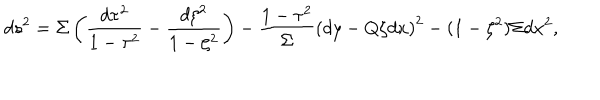
LaTeX: d s ^ { 2 } = \Sigma \left( \frac { d \tau ^ { 2 } } { 1 - \tau ^ { 2 } } - \frac { d \zeta ^ { 2 } } { 1 - \zeta ^ { 2 } } \right) - \frac { 1 - \tau ^ { 2 } } { \Sigma } \left( d y - Q \zeta d x \right) ^ { 2 } - ( 1 - \zeta ^ { 2 } ) \Sigma d x ^ { 2 } ,